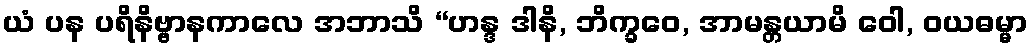
ယံ ပန ပရိနိဗ္ဗာနကာလေ အဘာသိ “ဟန္ဒ ဒါနိ, ဘိက္ခဝေ, အာမန္တယာမိ ဝေါ, ဝယဓမ္မာ